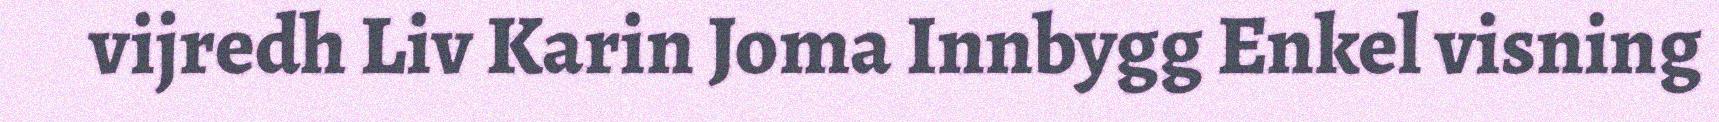
vijredh Liv Karin Joma Innbygg Enkel visning